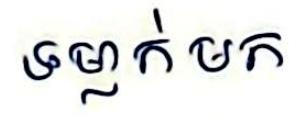
ទម្លាក់មក